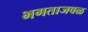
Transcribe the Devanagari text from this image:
भगताजवळ